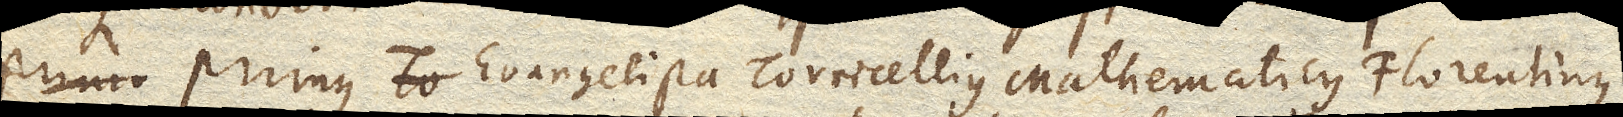
Primus Evangelista Torricellius Mathematicus Florentinus